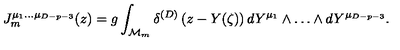
J _ { m } ^ { \mu _ { 1 } \ldots \mu _ { D - p - 3 } } ( z ) = g \int _ { { \cal M } _ { m } } \delta ^ { ( D ) } \left( z - Y ( \zeta ) \right) d Y ^ { \mu _ { 1 } } \wedge \ldots \wedge d Y ^ { \mu _ { D - p - 3 } } .